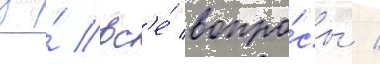
за́ вс'е́ вопро́сы /